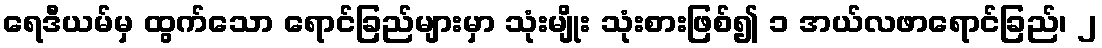
ရေဒီယမ်မှ ထွက်သော ရောင်ခြည်များမှာ သုံးမျိုး သုံးစားဖြစ်၍ ၁ အယ်လဖာရောင်ခြည်၊ ၂